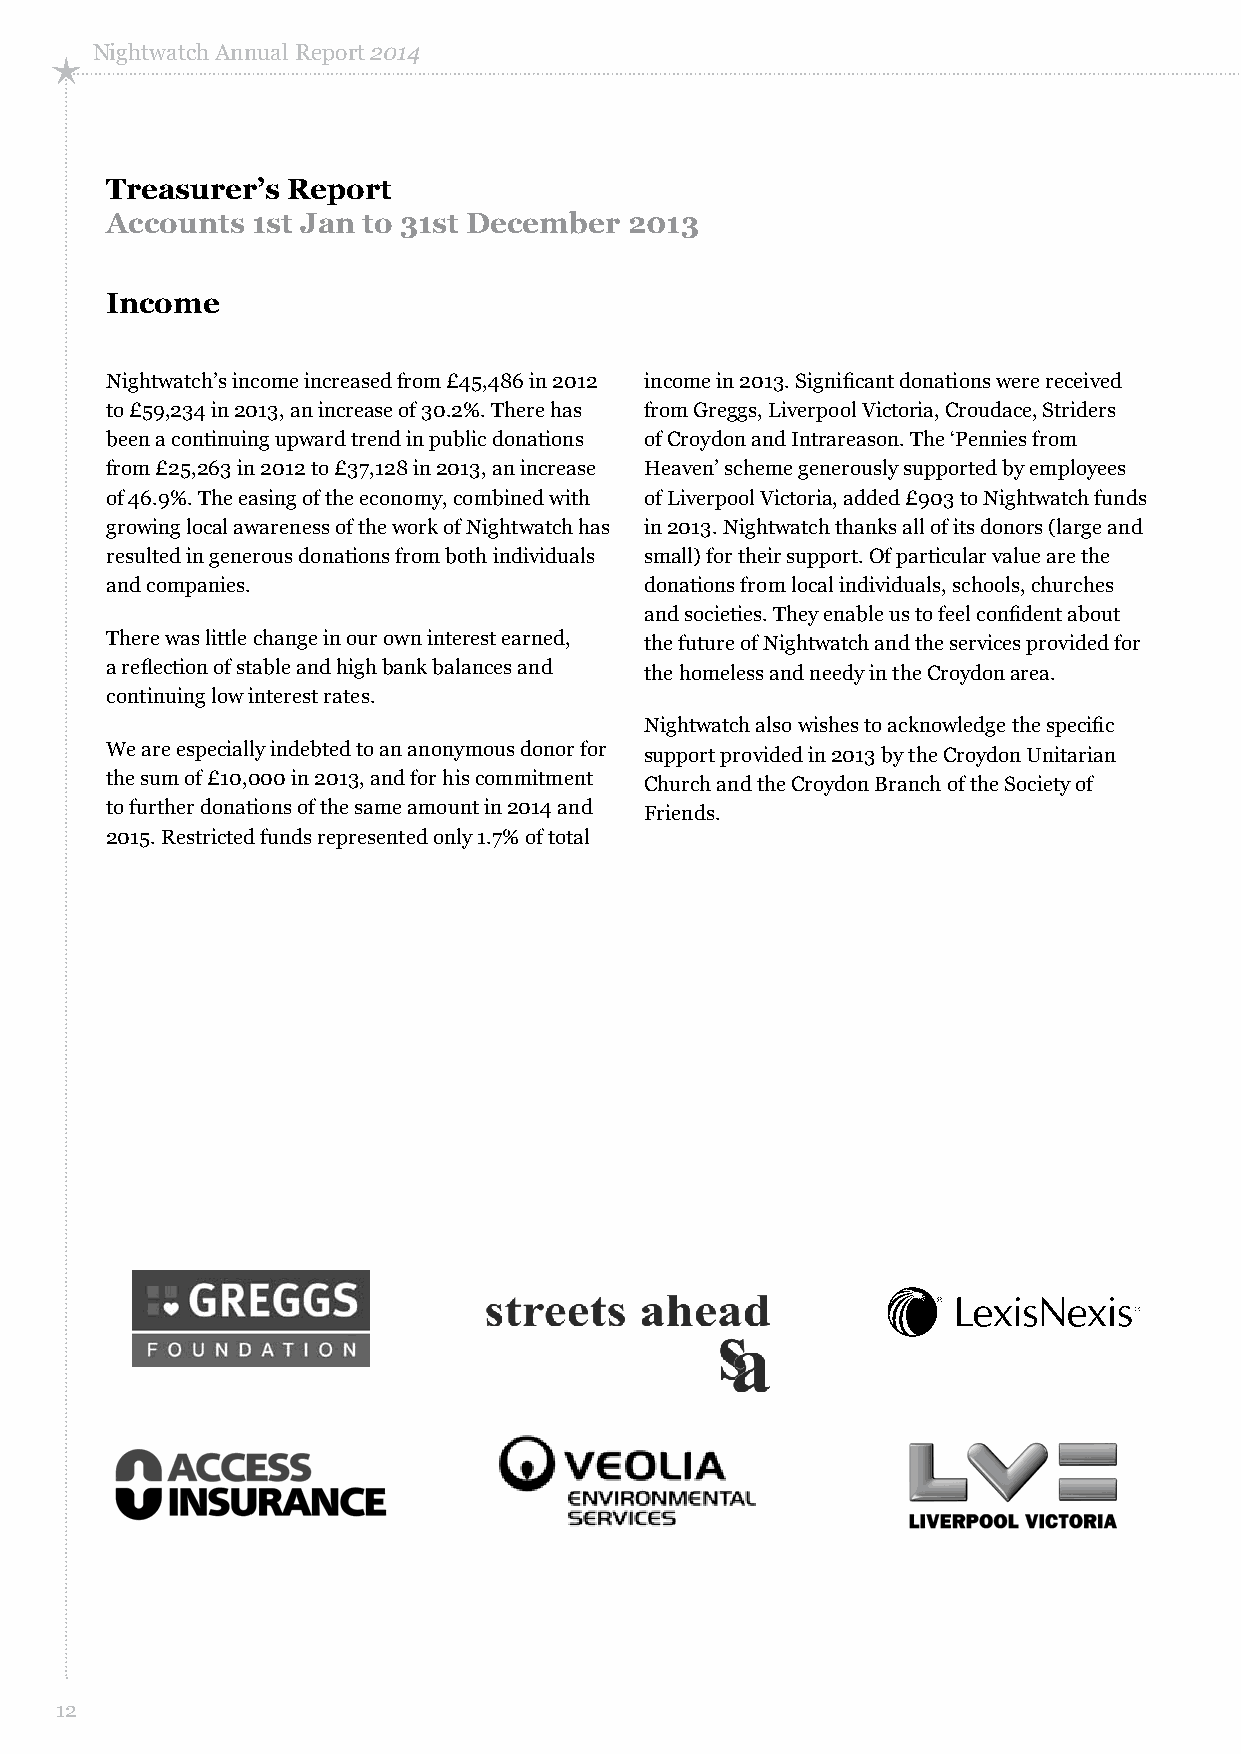
Nightwatch Annual Report 2014
 Treasurer’s Report
 Accounts  1st Jan to 31st December 2013
 Income
 Nightwatch’s income increased from £45,486 in 2012 income in 2013. Significant donations were received
 to £59,234 in 2013, an increase of 30.2%. There has from Greggs, Liverpool Victoria, Croudace, Striders
 been a continuing upward trend in public donations of Croydon and Intrareason. The ‘Pennies from
 from £25,263 in 2012 to £37,128 in 2013, an increase Heaven’ scheme generously supported by employees
 of 46.9%. The easing of the economy, combined with of Liverpool Victoria, added £903 to Nightwatch funds
 growing local awareness of the work of Nightwatch has in 2013. Nightwatch thanks all of its donors (large and
 resulted in generous donations from both individuals small) for their support. Of particular value are the
 and companies.                      donations from local individuals, schools, churches
 and societies. They enable us to feel confident about
 There was little change in our own interest earned, the future of Nightwatch and the services provided for
 a reflection of stable and high bank balances and the homeless and needy in the Croydon area.
 continuing low interest rates.
 Nightwatch also wishes to acknowledge the specific
 We are especially indebted to an anonymous donor for support provided in 2013 by the Croydon Unitarian
 the sum of £10,000 in 2013, and for his commitment Church and the Croydon Branch of the Society of
 to further donations of the same amount in 2014 and Friends.
 2015. Restricted funds represented only 1.7% of total
 12